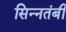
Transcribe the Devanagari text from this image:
सिन्नतंबी